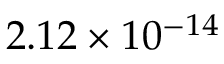
2 . 1 2 \times 1 0 ^ { - 1 4 }